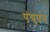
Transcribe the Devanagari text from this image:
एंयुएन्